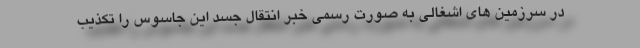
در سرزمین های اشغالی به صورت رسمی خبر انتقال جسد این جاسوس را تکذیب